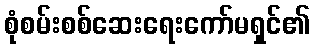
စုံစမ်းစစ်ဆေးရေးကော်မရှင်၏